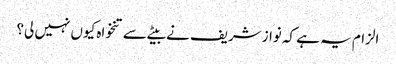
الزام یہ ہے کہ نوازشریف نے بیٹے سے تنخواہ کیوں نہیں لی؟